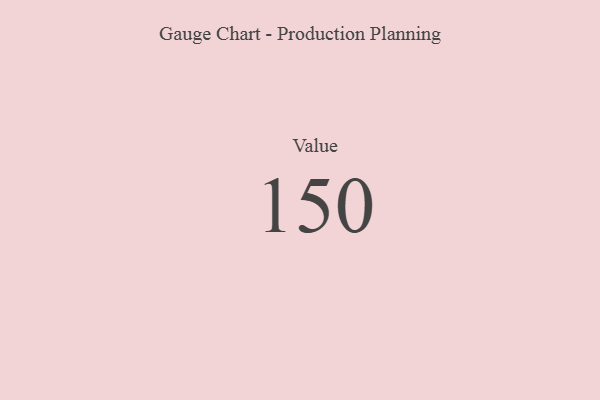
{"axis": {"x": "Metric", "y": "Value"}, "legend": [""], "data": [{"x": "Value", "y": 150, "type": ""}]}